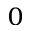
_ 0